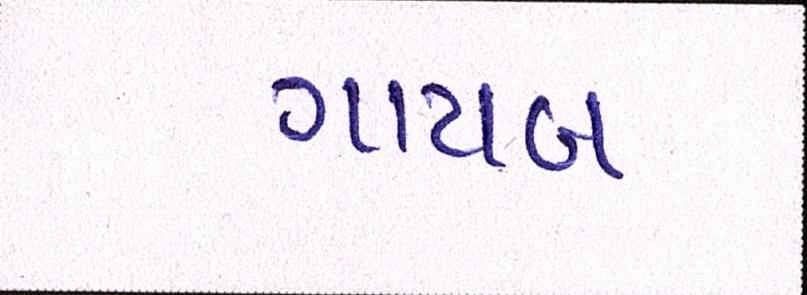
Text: ગાયબ